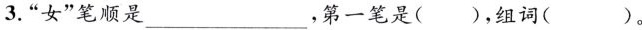
3.“女”笔顺是___，第一笔是（），组词（）。